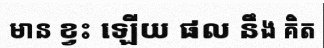
មាន ខ្វះ ឡើយ ផល នឹង គិត